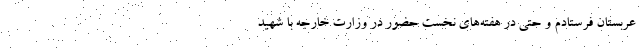
عربستان فرستادم و حتي در هفته‌هاي نخست حضور در وزارت خارجه با شهيد